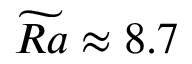
\widetilde { R a } \approx 8 . 7